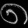
Digit: ၈